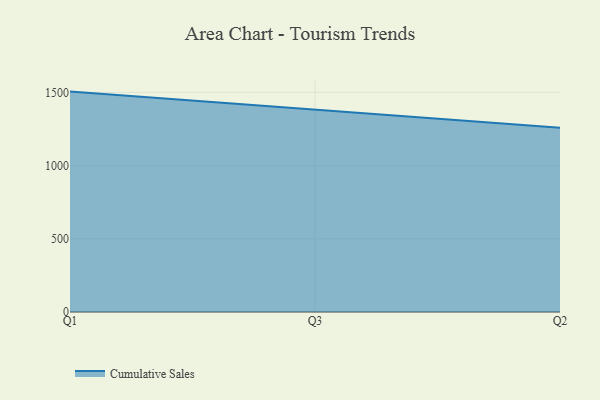
{"axis": {"x": "Quarter", "y": "Demand Index"}, "legend": ["Cumulative Sales"], "data": [{"x": "Q1", "y": 1505.4, "type": "Cumulative Sales"}, {"x": "Q3", "y": 1379.4, "type": "Cumulative Sales"}, {"x": "Q2", "y": 1257.7, "type": "Cumulative Sales"}]}